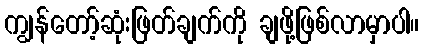
ကျွန်တော့်ဆုံးဖြတ်ချက်ကို ချဖို့ဖြစ်လာမှာပါ။